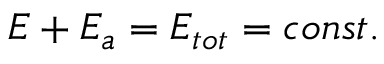
E + E _ { a } = E _ { t o t } = c o n s t .